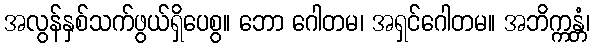
အလွန်နှစ်သက်ဖွယ်ရှိပေစွ။ ဘော ဂေါတမ၊ အရှင်ဂေါတမ။ အဘိက္ကန္တံ၊